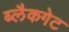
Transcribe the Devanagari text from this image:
ब्लैकगेट